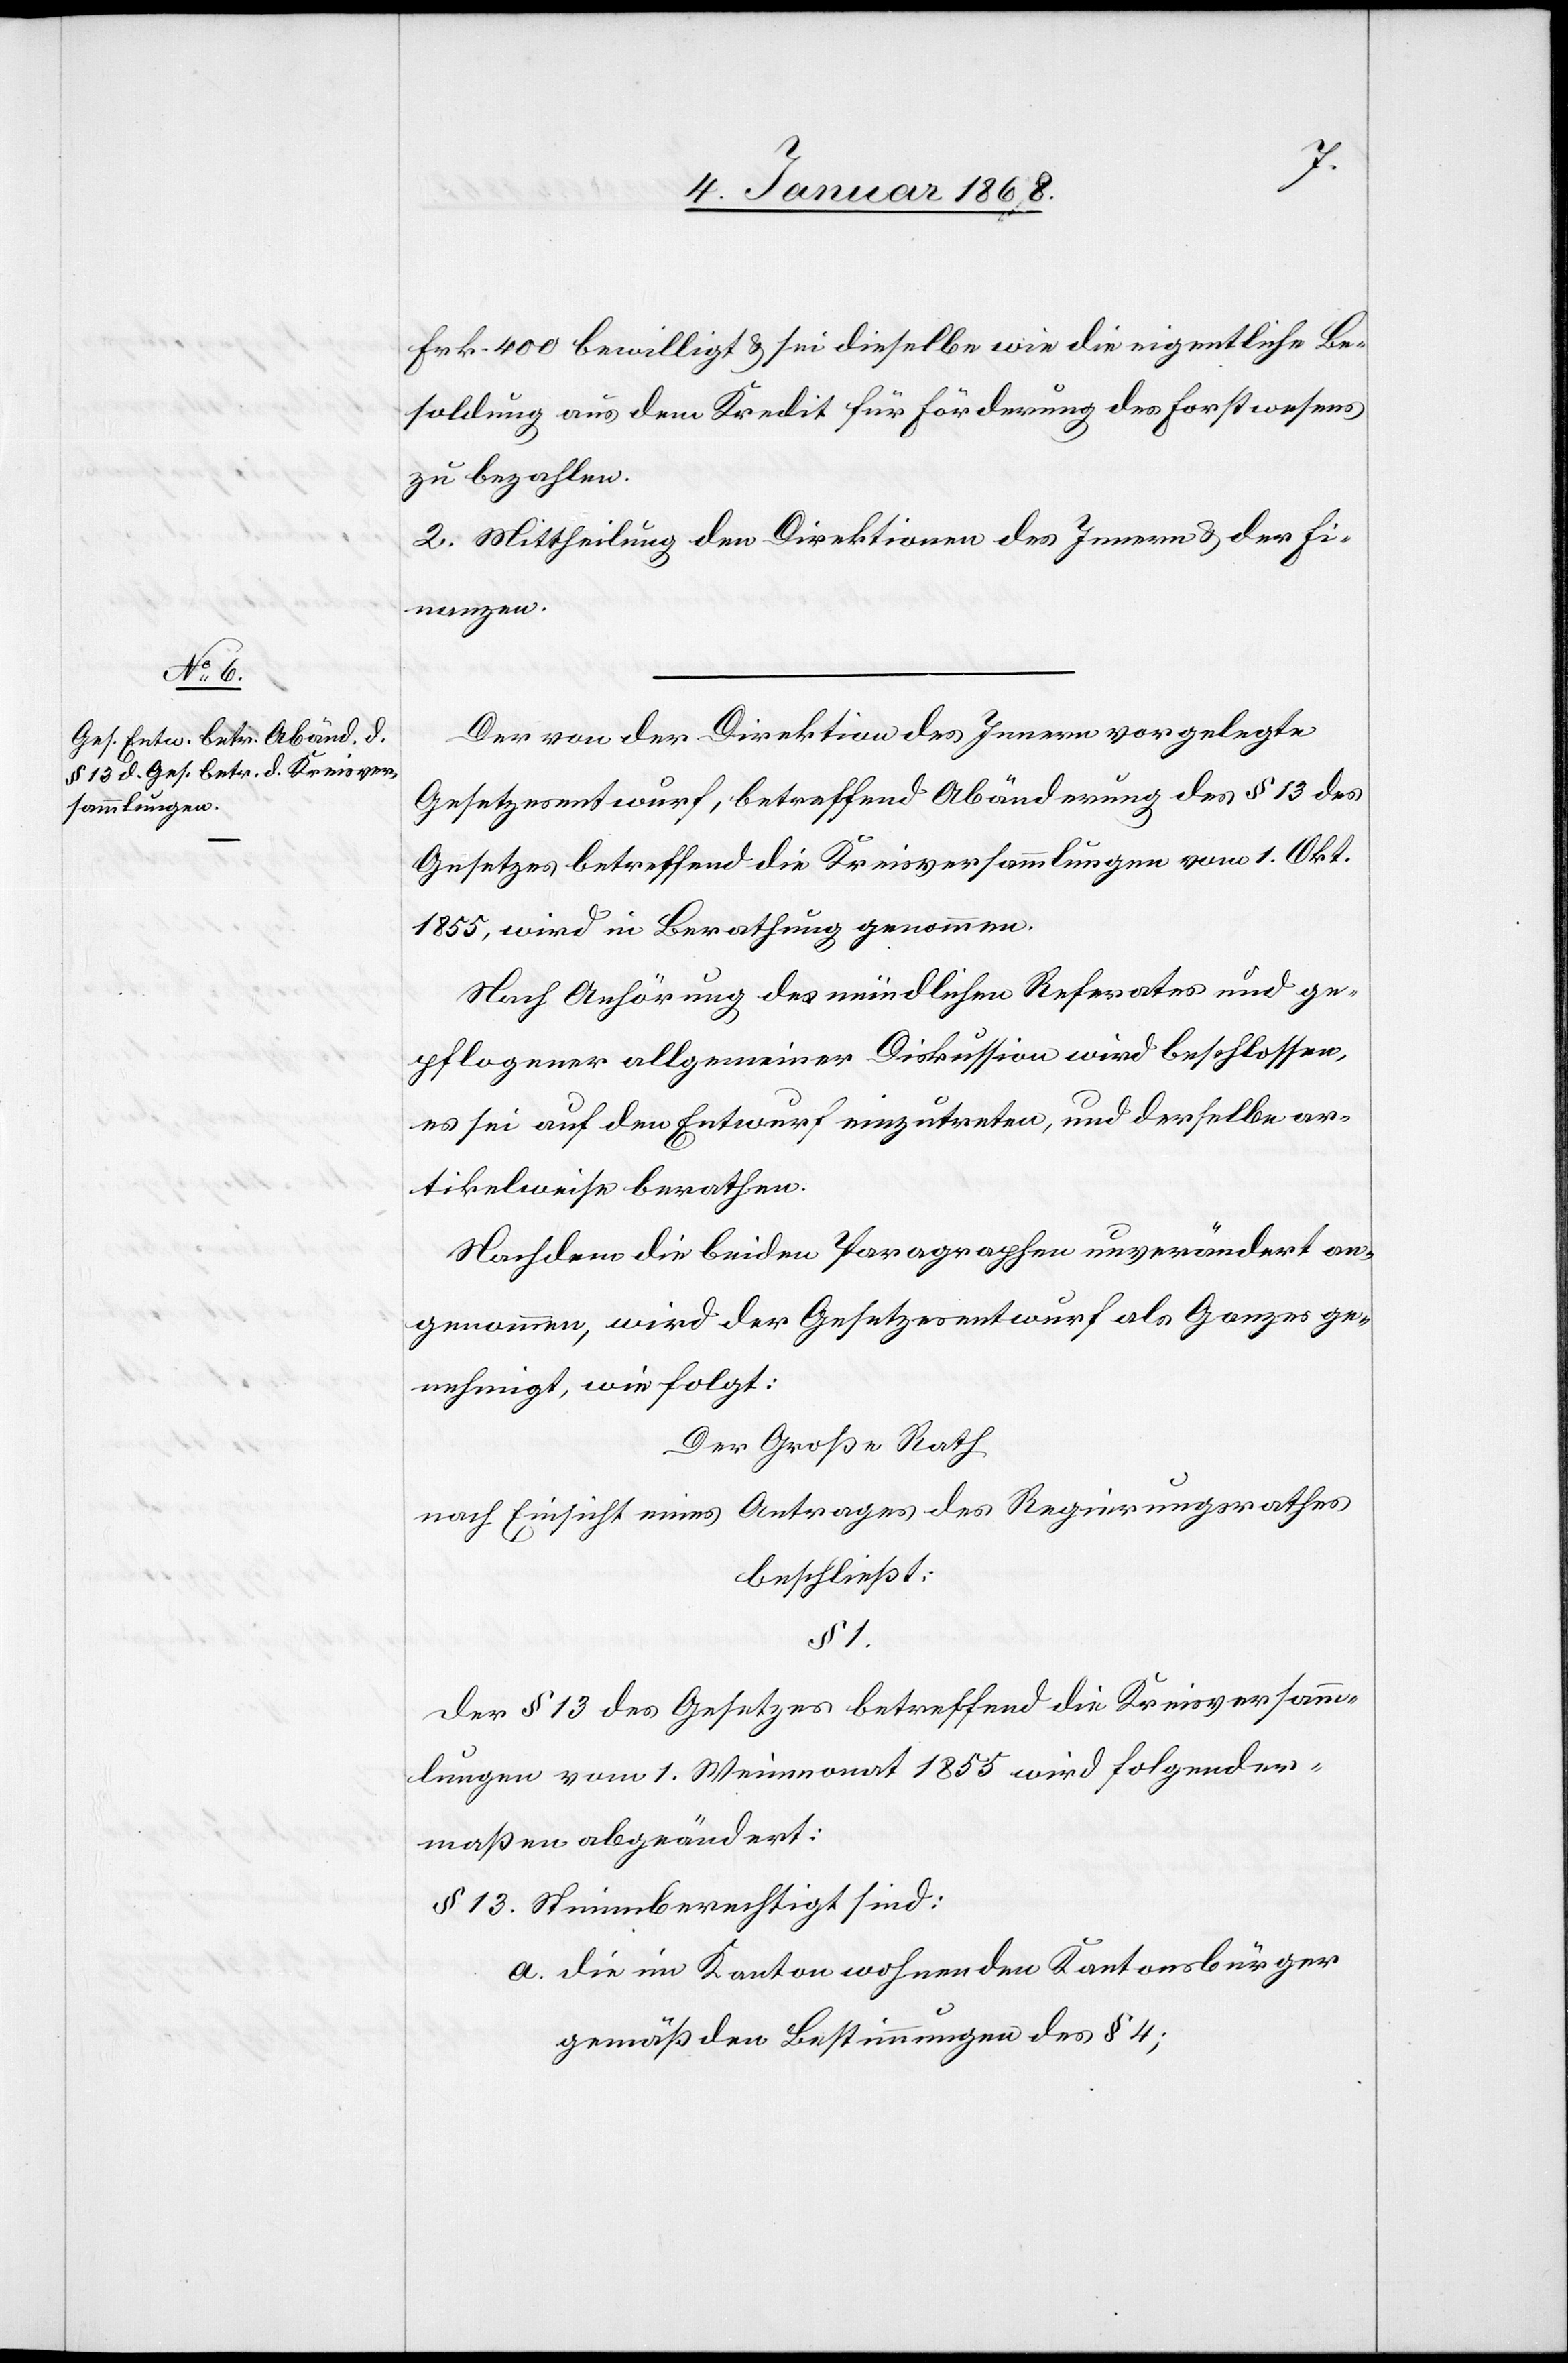
Frk. 400 bewilligt & sei dieselbe wie die eigentliche Be¬
soldung aus dem Kredit für Förderung des Forstwesens
zu bezahlen.
2. Mittheilung den Direktionen des Innern & der Fi¬
nanzen.
Der von der Direktion des Innern vorgelegte
Gesetzesentwurf, betreffend Abänderung des § 13 des
Gesetzes betreffend die Kreisversammlungen vom 1. Okt.
1855, wird in Berathung genommen.
Nach Anhörung des mündlichen Referates und ge¬
pflogener allgemeiner Diskussion wird beschlossen,
es sei auf den Entwurf einzutreten, und derselbe ar¬
tikelweise berathen.
Nachdem die beiden Paragraphen unverändert an¬
genommen, wird der Gesetzesentwurf als Ganzes ge¬
nehmigt, wie folgt:
Der Große Rath
nach Einsicht eines Antrages des Regierungsrathes
beschließt:
§ 1.
Der § 13 des Gesetzes betreffend die Kreisversamm¬
lungen vom 1. Weinmonat 1855 wird folgender¬
maßen abgeändert:
Stimmberechtigt sind:
die im Kanton wohnenden Kantonsbürger
gemäß den Bestimmungen des § 4;